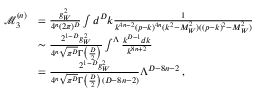
\begin{array} { r l } { \mathcal { M } _ { 3 } ^ { ( n ) } } & { = \frac { g _ { W } ^ { 2 } } { 4 ^ { n } ( 2 \pi ) ^ { D } } \int d ^ { D } k \frac { 1 } { k ^ { 4 n - 2 } ( p - k ) ^ { 4 n } ( k ^ { 2 } - M _ { W } ^ { 2 } ) ( ( p - k ) ^ { 2 } - M _ { W } ^ { 2 } ) } } \\ & { \sim \frac { 2 ^ { 1 - D } g _ { W } ^ { 2 } } { 4 ^ { n } \sqrt { \pi ^ { D } } \Gamma \big ( \frac { D } { 2 } \big ) } \int ^ { \Lambda } \frac { k ^ { D - 1 } d k } { k ^ { 8 n + 2 } } } \\ & { = \frac { 2 ^ { 1 - D } g _ { W } ^ { 2 } } { 4 ^ { n } \sqrt { \pi ^ { D } } \Gamma \big ( \frac { D } { 2 } \big ) ( D - 8 n - 2 ) } \Lambda ^ { D - 8 n - 2 } \, , } \end{array}